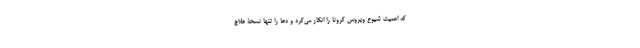
که اهمیت شیوع ویروس کرونا را انکار می‌کرد و دعا را تنها نسخۀ علاج